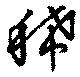
稀